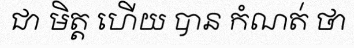
ជា មិត្ត ហើយ បាន កំណត់ ថា